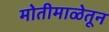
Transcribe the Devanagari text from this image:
मोतीमाळेतून